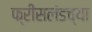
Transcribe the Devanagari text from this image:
फ्रीसलंडच्या